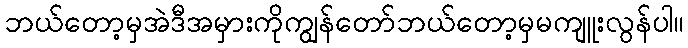
ဘယ်တော့မှအဲဒီအမှားကိုကျွန်တော်ဘယ်တော့မှမကျူးလွန်ပါ။